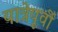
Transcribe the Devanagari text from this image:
यात्रेपूर्वी